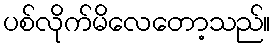
ပစ်လိုက်မိလေတော့သည်။